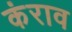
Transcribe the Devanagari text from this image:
कंराव